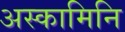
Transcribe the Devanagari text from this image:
अस्कामिनि